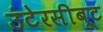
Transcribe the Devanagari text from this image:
उंटेरसीबूट